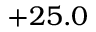
+ 2 5 . 0